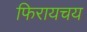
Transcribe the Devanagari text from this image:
फिरायचय